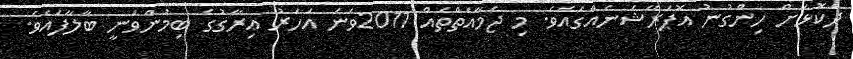
ދެކޮޅަށް ހިންގުނު އޮޕަރޭޝަނެއްގައެވެ. މި ޖަމާއަތްތައް 2011ވަނަ އަހަރު އިރާގުގެ ބިމުންވަނީ ބާލާފައެވެ.